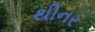
થીનર